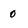
Character: 0